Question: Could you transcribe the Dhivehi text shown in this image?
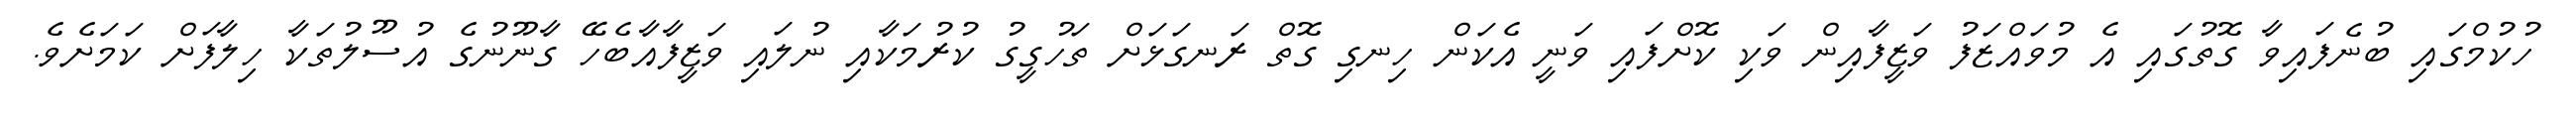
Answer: ހުކުމްގައި ބުނެފައިވާ ގޮތުގައި އެ މުވައްޒަފު ވަޒީފާއިން ވަކި ކޮށްފައި ވަނީ އެކަން ހިނގި ގޮތް ރަނގަޅަށް ތަހުގީގު ކުރުމަކާއި ނުލައި ވަޒީފާއާބެހޭ ގާނޫނުގެ އުސޫލުތަކާ ހިލާފަށް ކަމަށެވެ.